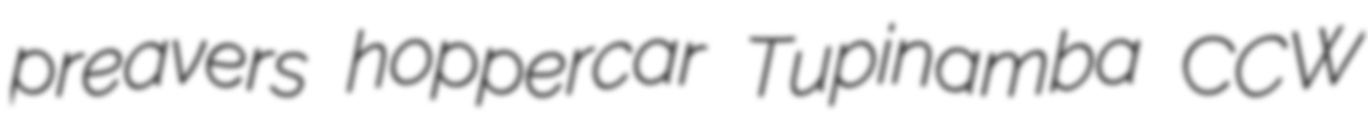
preavers hoppercar Tupinamba CCW